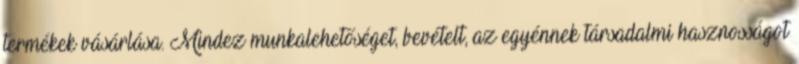
termékek vásárlása. Mindez munkalehetőséget, bevételt, az egyénnek társadalmi hasznosságot